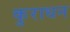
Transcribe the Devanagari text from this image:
कुराधन